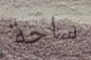
ساحة